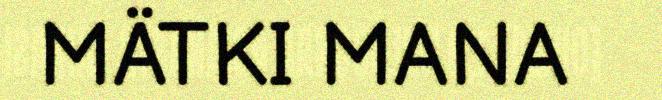
MÄTKI MANA